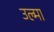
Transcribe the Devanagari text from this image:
उल्मा